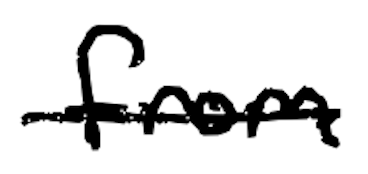
Text: from
Cross-out: mix
Writing tool: digital_black